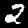
Label: 2